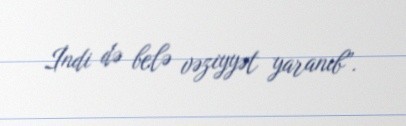
İndi də belə vəziyyət yaranıb”.